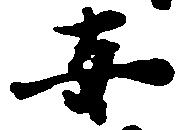
安